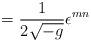
LaTeX: \begin{align*} = \frac{1}{2 \sqrt{-g}} \epsilon^{mn}\end{align*}